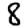
Digit: 8